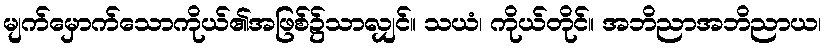
မျက်မှောက်သောကိုယ်၏အဖြစ်၌သာလျှင်။ သယံ၊ ကိုယ်တိုင်။ အဘိညာအဘိညာယ၊